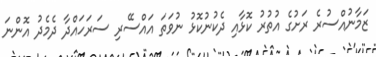
ޒަމާނުއްސުރެ ރަށުގެ އުތުރު ކޮޅާއި ދެކުނުކޮޅު ނުވަތަ އައްސޭރި ސަރަހައްދާ ދެމެދު އޮންނަ